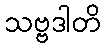
သဗ္ဗဒါတိ